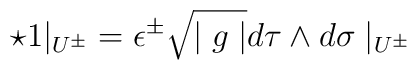
\star1{\mid_{U^\pm}}=\epsilon^\pm \sqrt{\mid g \mid}d\tau \wedge d\sigma \mid_{U^\pm}